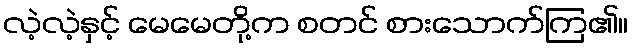
လဲ့လဲ့နှင့် မေမေတို့က စတင် စားသောက်ကြ၏။